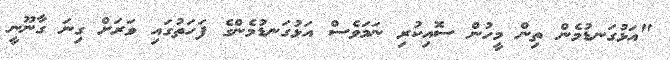
"އަޅުގަނޑުމެން ތިން މީހުން ސޮއިކުރި ނަމަވެސް އަޅުގަނޑުމެންގެ ފަހަތުގައި ވަރަށް ގިނަ ގާނޫނީ